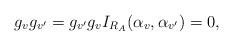
LaTeX: \begin{align*}g_{v}g_{v'}=g_{v'}g_{v}I_{R_A}(\alpha_{v}, \alpha_{v'})= 0,\end{align*}